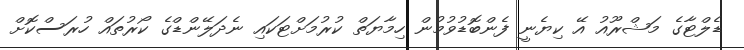
ޑެލްޓާގެ މަޝްރޫއު އޭ ކިޔެނީ ފެންބޮޑުވުމުން ހިމާޔަތް ކުރުމަށްޓަކައި ނެދަލޭންޑްގެ ކޯރުތައް ހުރަސްކޮށް